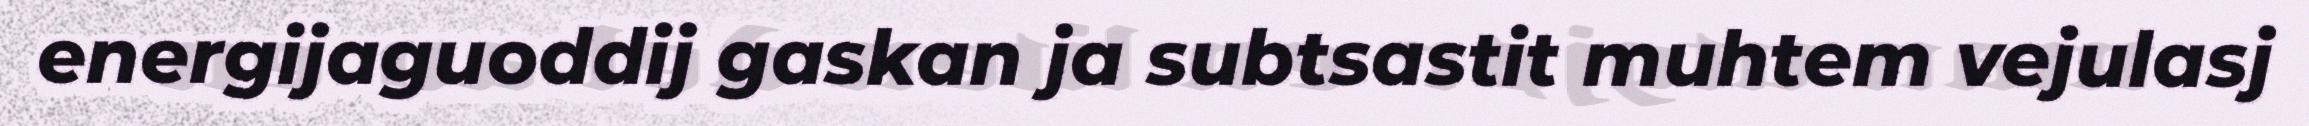
energijaguoddij gaskan ja subtsastit muhtem vejulasj